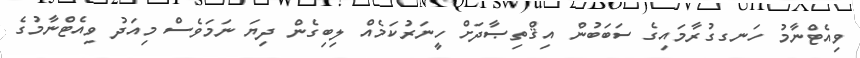
ވިއެޓްނާމު ހަނގގުރާމައިގެ ސަބަބުން އިޤްތިޞާދަށް ހީނަރުކަމެއް ލިބިގެން ދިޔަ ނަމަވެސް މިއަދު ވިއެޓްނާމުގެ